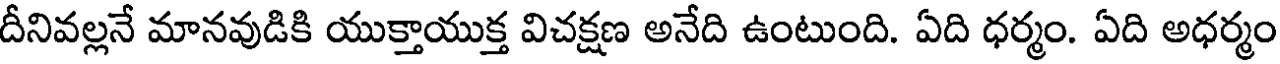
దీనివల్లనే మానవుడికి యుక్తాయుక్త విచక్షణ అనేది ఉంటుంది. ఏది ధర్మం. ఏది అధర్మం